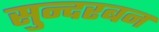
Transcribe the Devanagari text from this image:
सुन्दरबन